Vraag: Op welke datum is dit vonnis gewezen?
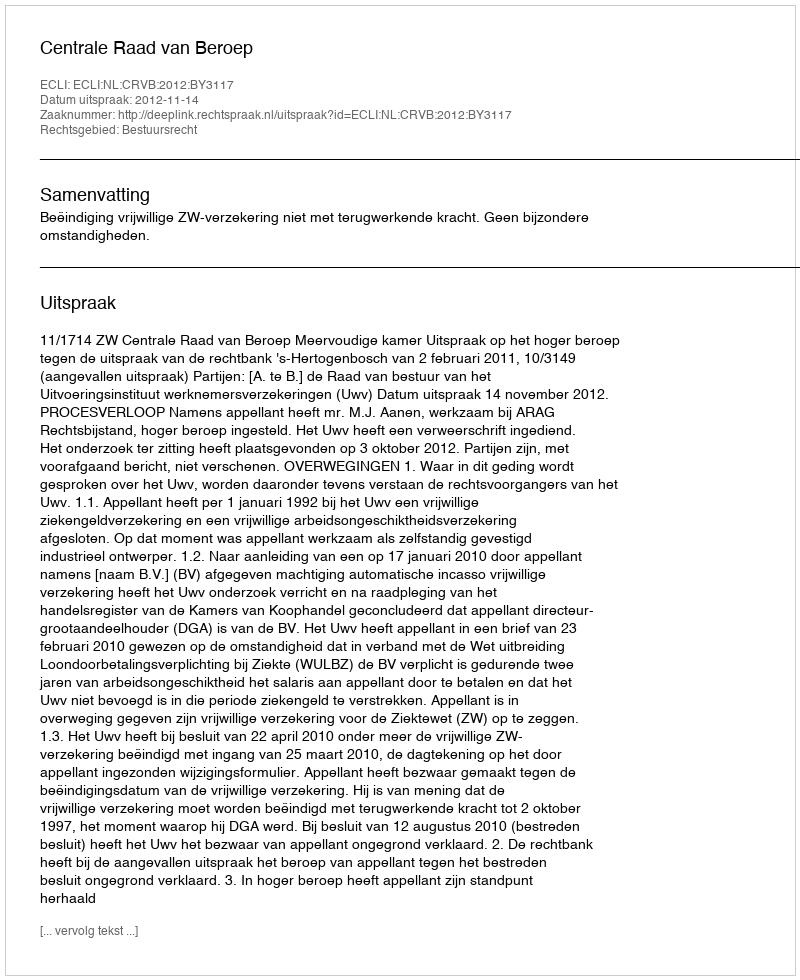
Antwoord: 2012-11-14